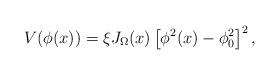
LaTeX: \begin{align*}V(\phi(x)) = \xi J_\Omega(x) \left[ \phi^2(x) - \phi^2_0 \right]^2,\end{align*}